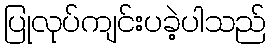
ပြုလုပ်ကျင်းပခဲ့ပါသည်